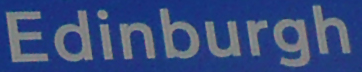
Edinburgh